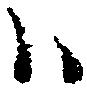
ハ